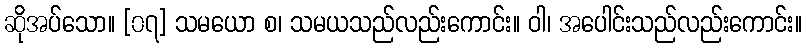
ဆိုအပ်သော။ [၀၇] သမယော စ၊ သမယသည်လည်းကောင်း။ ဝါ၊ အပေါင်းသည်လည်းကောင်း။